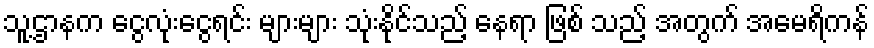
သူ့ဌာနက ငွေလုံးငွေရင်း များများ သုံးနိုင်သည့် နေရာ ဖြစ် သည့် အတွက် အမေရိကန်